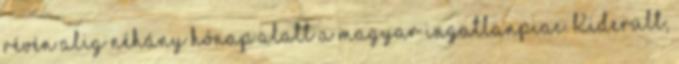
révén alig néhány hónap alatt a magyar ingatlanpiac. Kiderült,